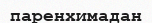
паренхимадан